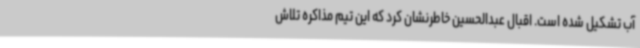
آب تشکیل شده است. اقبال عبدالحسین خاطرنشان کرد که این تیم مذاکره تلاش